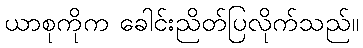
ယာစုကိုက ခေါင်းညိတ်ပြလိုက်သည်။